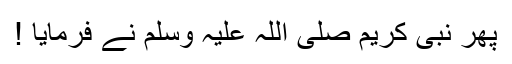
پھر نبی کریم صلی اللہ علیہ وسلم نے فرمایا !